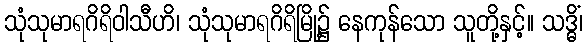
သုံသုမာရဂိရိဝါသီဟိ၊ သုံသုမာရဂိရိမြို့၌ နေကုန်သော သူတို့နှင့်။ သဒ္ဓိံ၊